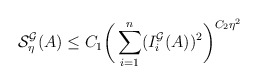
\begin{align*} \mathcal{S}_{\eta}^{\mathcal{G}} (A) \leq C_1 \bigg( \sum_{i=1}^n (I_i^{\mathcal{G}} (A))^2 \bigg)^{C_2 \eta^2} \end{align*}